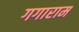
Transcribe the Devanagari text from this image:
गगाराम